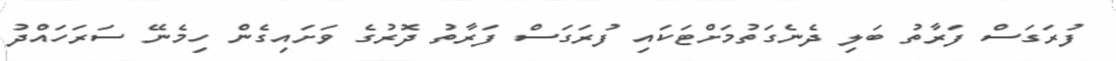
ފުރަގަސް ފަރާތު ބަލި ދެނެގަތުމަށްޓަކައި ފުރަގަސް ފަރާތު ދޮރުގެ ވަށައިގެން ހިމެނޭ ސަރަހައްދު